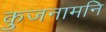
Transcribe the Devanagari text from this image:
कुजनामनि